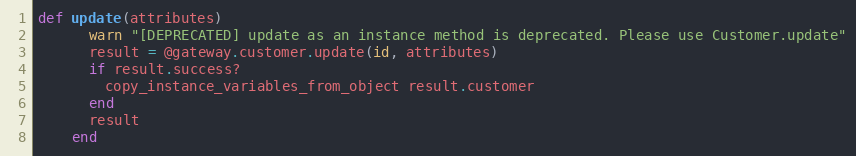
Language: Ruby
def update(attributes)
      warn "[DEPRECATED] update as an instance method is deprecated. Please use Customer.update"
      result = @gateway.customer.update(id, attributes)
      if result.success?
        copy_instance_variables_from_object result.customer
      end
      result
    end